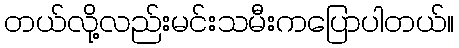
တယ်လို့လည်းမင်းသမီးကပြောပါတယ်။